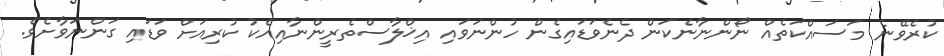
ކުރެވޭނެ މަސައްކަތެއް ނޯންނާނެކަން ދެނެވަޑައިގެން ހުންނަވައި އިޚްލާސްތެރީންނާއިއެކު ކުރިއަށް ވަޑައި ގަންނަވާށެވެ.